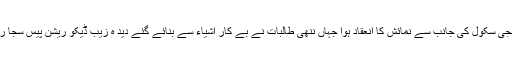
کوئٹہ میں نجی سکول کی جانب سے نمائش کا انعقاد ہوا جہاں ننھی طالبات نے بے کار اشیاء سے بنائے گئے دید ہ زیب ڈیکو ریشن پیس سجا رکھے تھے۔